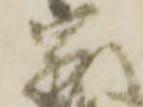
宗